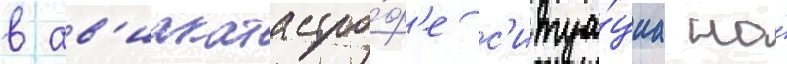
в ав'иакатастро́ф'е с'итуа́циа на́